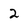
Character: 2